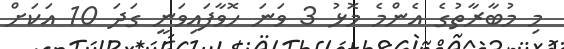
މި މުބާރާތުގެ އެންމެ މޮޅު 3 ވަނަ ހޮވާފައިވަނީ ގަދަ 10 އަކަށް